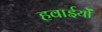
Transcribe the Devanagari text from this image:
हवाईयों